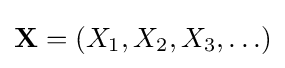
\mathbf {X} =(X_{1},X_{2},X_{3},\ldots )